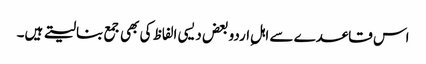
اس قاعدے سے اہلِ اردو بعض دیسی الفاظ کی بھی جمع بنالیتے ہیں۔